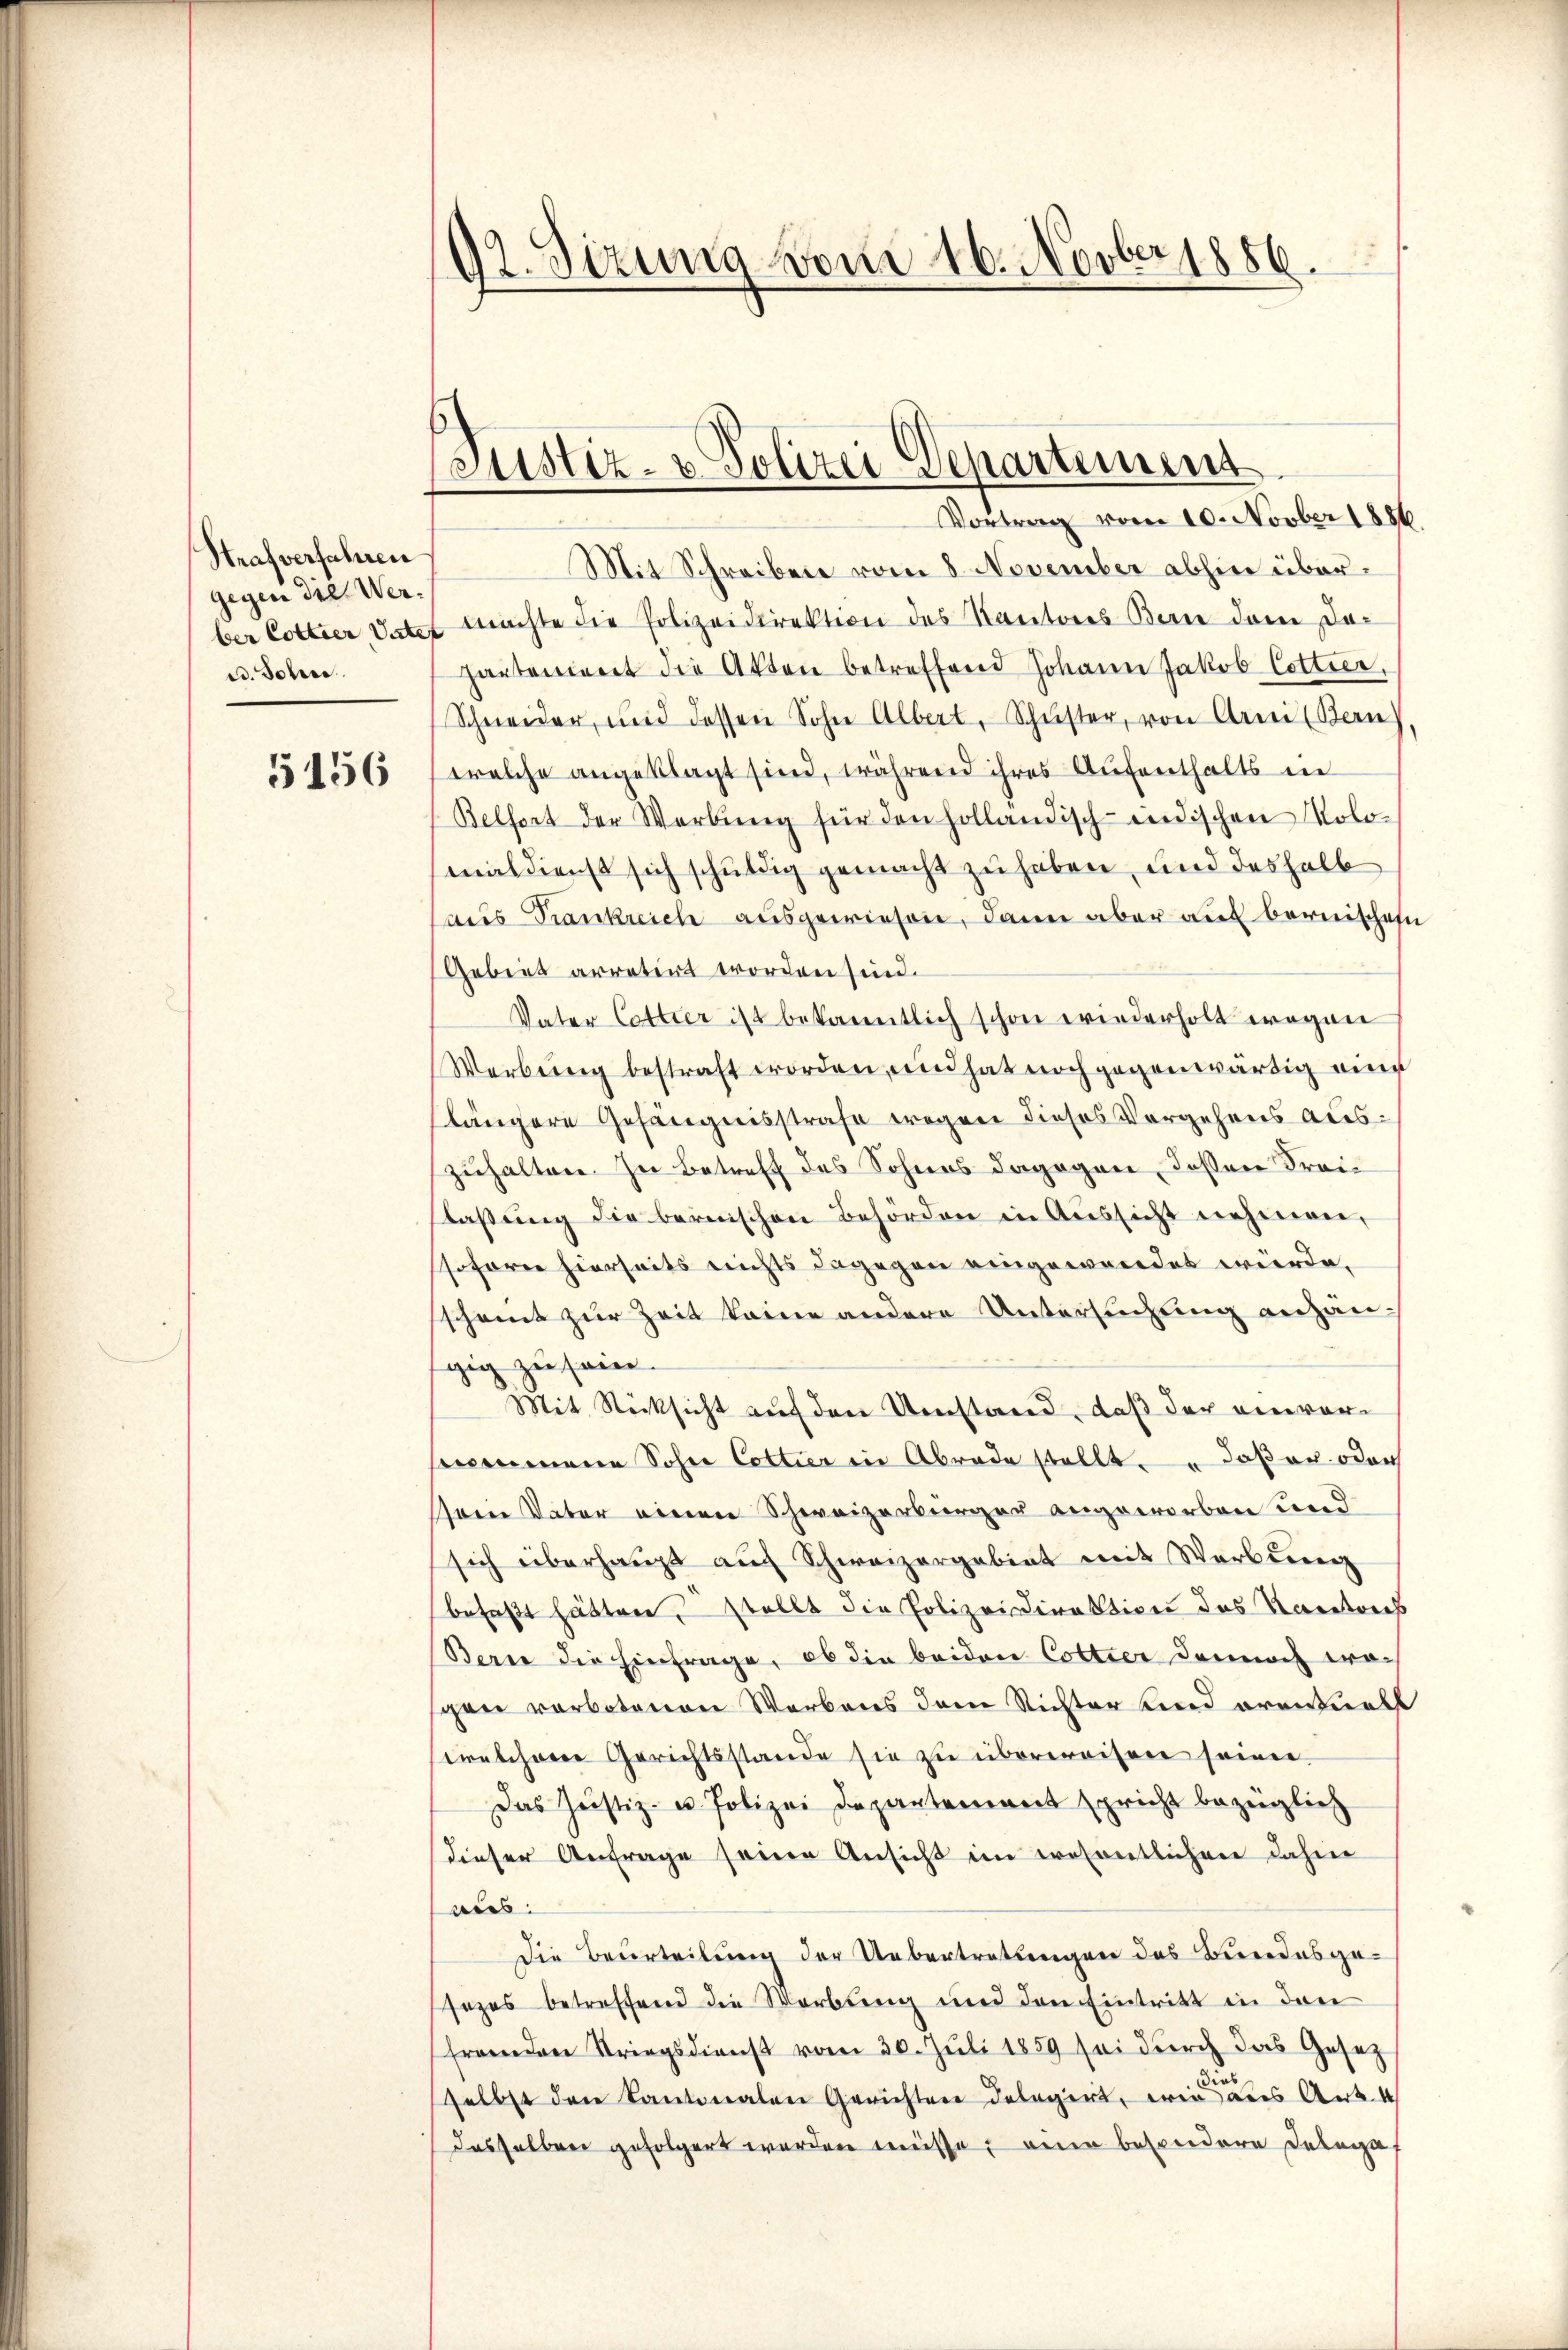
Strafverfahren
gegen sie. Werber Cottier Vate
ed. Sohne

5156

92. Sizung vom 16. Novber 1886.

Justiz- & Polizei Departement
Vortrag vom 10. Novber 1886

Mit Schreiben vom 8. November abhin übermachte die Polizeidirektion des Kantons Bern dem daparteniret die Akten betreffend Johann Jakob Cottier,
Schneider, und dessen Sohn Albert, Schŭster, von Arni (Bern
welche angeklagt sind, während ihres Aufenthalts in
Belfort der Werbŭng für den holländisch-indischen Kolomaldienst sich schuldig gemacht zu haben, und deshalb
aus Trankreich ausgewiesen, dann aber auf bernischein
Gebiet arretirt worden sind.
Vater Cottier ist bekanntlich schon wiederholt wegen
Werbung bestraft worden, und hat noch gegenwärtig eine
längere Gefängnisstrafe wegen dieses Vorgehens auszuhalten. In Betreff des Sohnes dagegen dessen Freilassung die bernischen Behörden in Aussicht nehmen,
soferne hierseits nichts dagegen eingewendet würde.
scheint zur Zeit keine andere Untersuchung anhäugig zu sein.
Mit Rücksicht auf den Umstand, daß der einvorscommene Sohne Cottier in Abrade stellt " daß er oder
sein Vater einen Schweizerbürger angeworben und
sich überhaupt auch Schweizergebiet mit Werbŭng
befaßt hätten, stellt die Polizeidirektion des Karatores
Berne die Einfrage, ob die beiden Cottier dennoch wogen verbotenen Werbens dem Richter sind eventuell
twelchere Gerichtsstande sie zu überweisen seinen.
Das Justiz- u. Polizei Departement spricht bezüglich
dieser Anfrage seine Ansicht im wesentlichen dahin
aus:
Die Beurteilung der Uebertretungen des Bundesgesezes betreffend die Werbung und den Eintritt in den
fremden Striegsdienst vom 30. Juli 1859 sei durch das Gesetz
selbst den Kantonalen Gerichten delegirt, wie das Art.
dasselben gefolgert werden müsse, eine besondere Delega